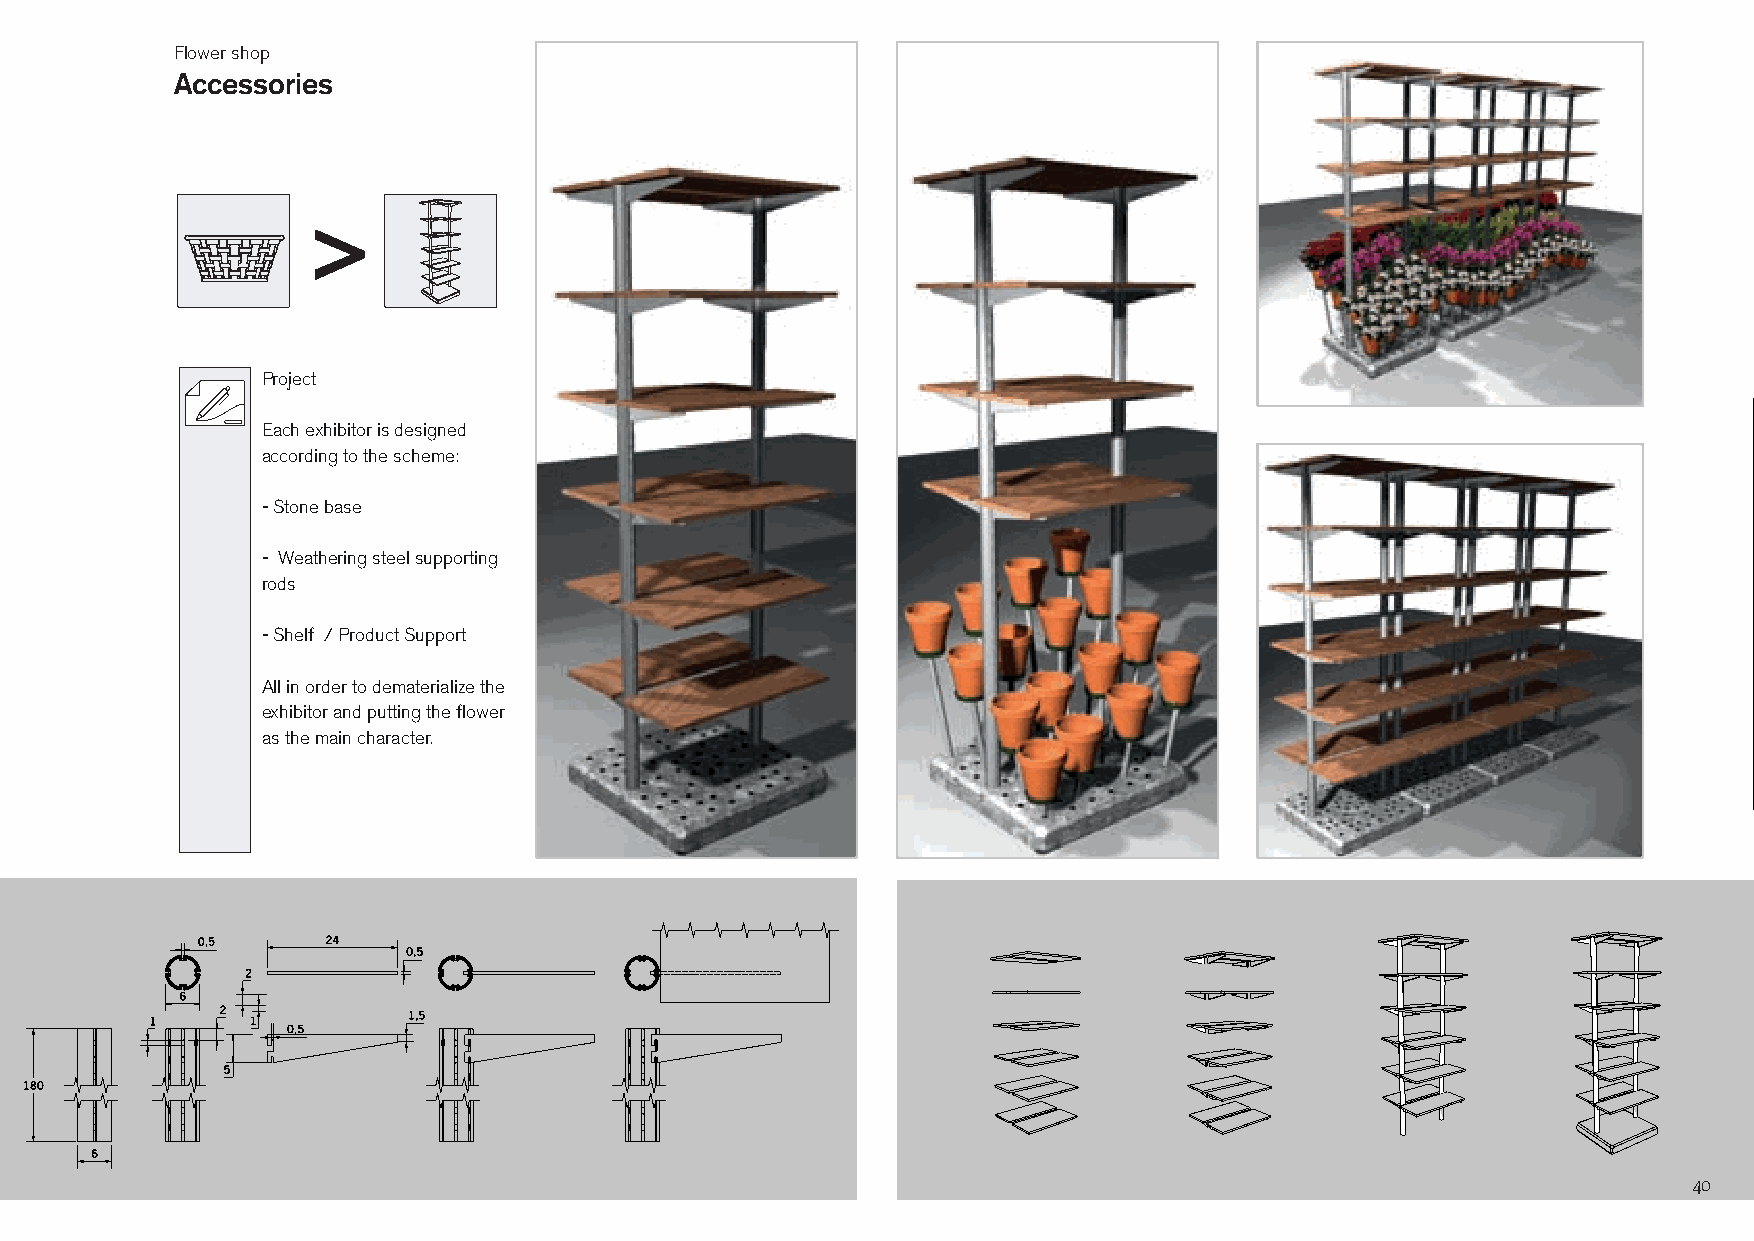
Flower shop
 Accessories
 Project
 Each exhibitor is designed
 according to the scheme:
 - Stone base
 - Weathering steel supporting
 rods
 - Shelf / Product Support
 All in order to dematerialize the
 exhibitor and putting the flower
 as the main character.
 40